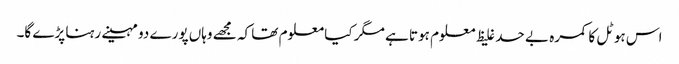
اس ہوٹل کا کمرہ بے حد غلیظ معلوم ہوتا ہے مگر کیا معلوم تھا کہ مجھے وہاں پورے دو مہینے رہنا پڑے گا۔